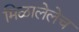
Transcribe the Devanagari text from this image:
मिळालेलेच